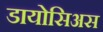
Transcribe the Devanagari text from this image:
डायोसिअस